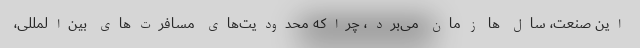
این صنعت، سال ها زمان می‌برد، چراکه محدودیت‌های مسافرت‌های بین‌المللی،